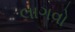
લાગવો